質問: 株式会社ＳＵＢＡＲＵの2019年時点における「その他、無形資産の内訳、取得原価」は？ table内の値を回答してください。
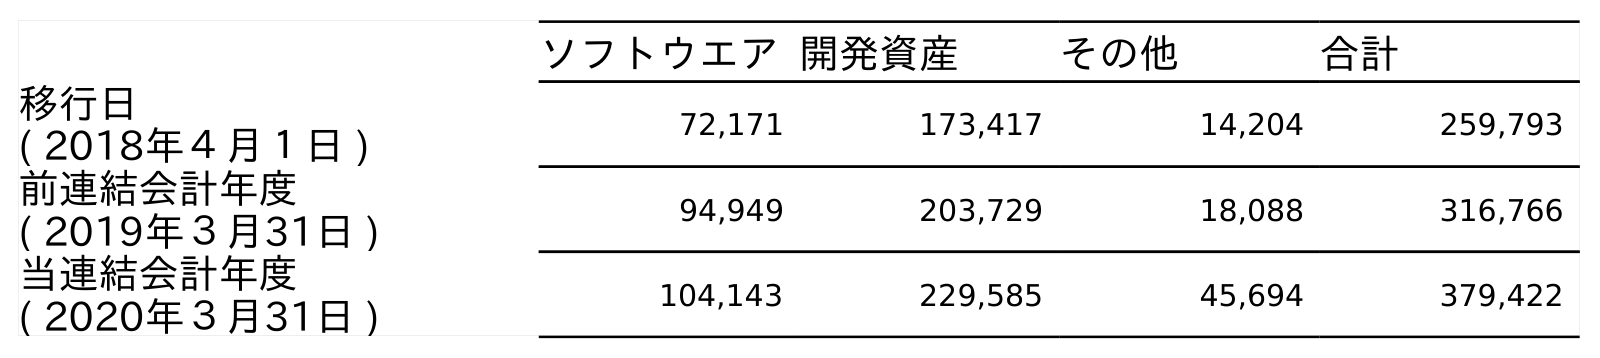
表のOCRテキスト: ソフトウエア開発資産 その他 合計 移行日 ( 2018年４月１日 ) 72,171 173,417 14,204 259,793 前連結会計年度 ( 2019年３月31日 ) 94,949 203,729 18,088 316,766 当連結会計年度 ( 2020年３月31日 ) 104,143 229,585 45,694 379,422
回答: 18,088